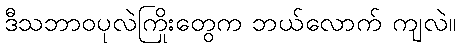
ဒီသဘာဝပုလဲကြိုးတွေက ဘယ်လောက် ကျလဲ။